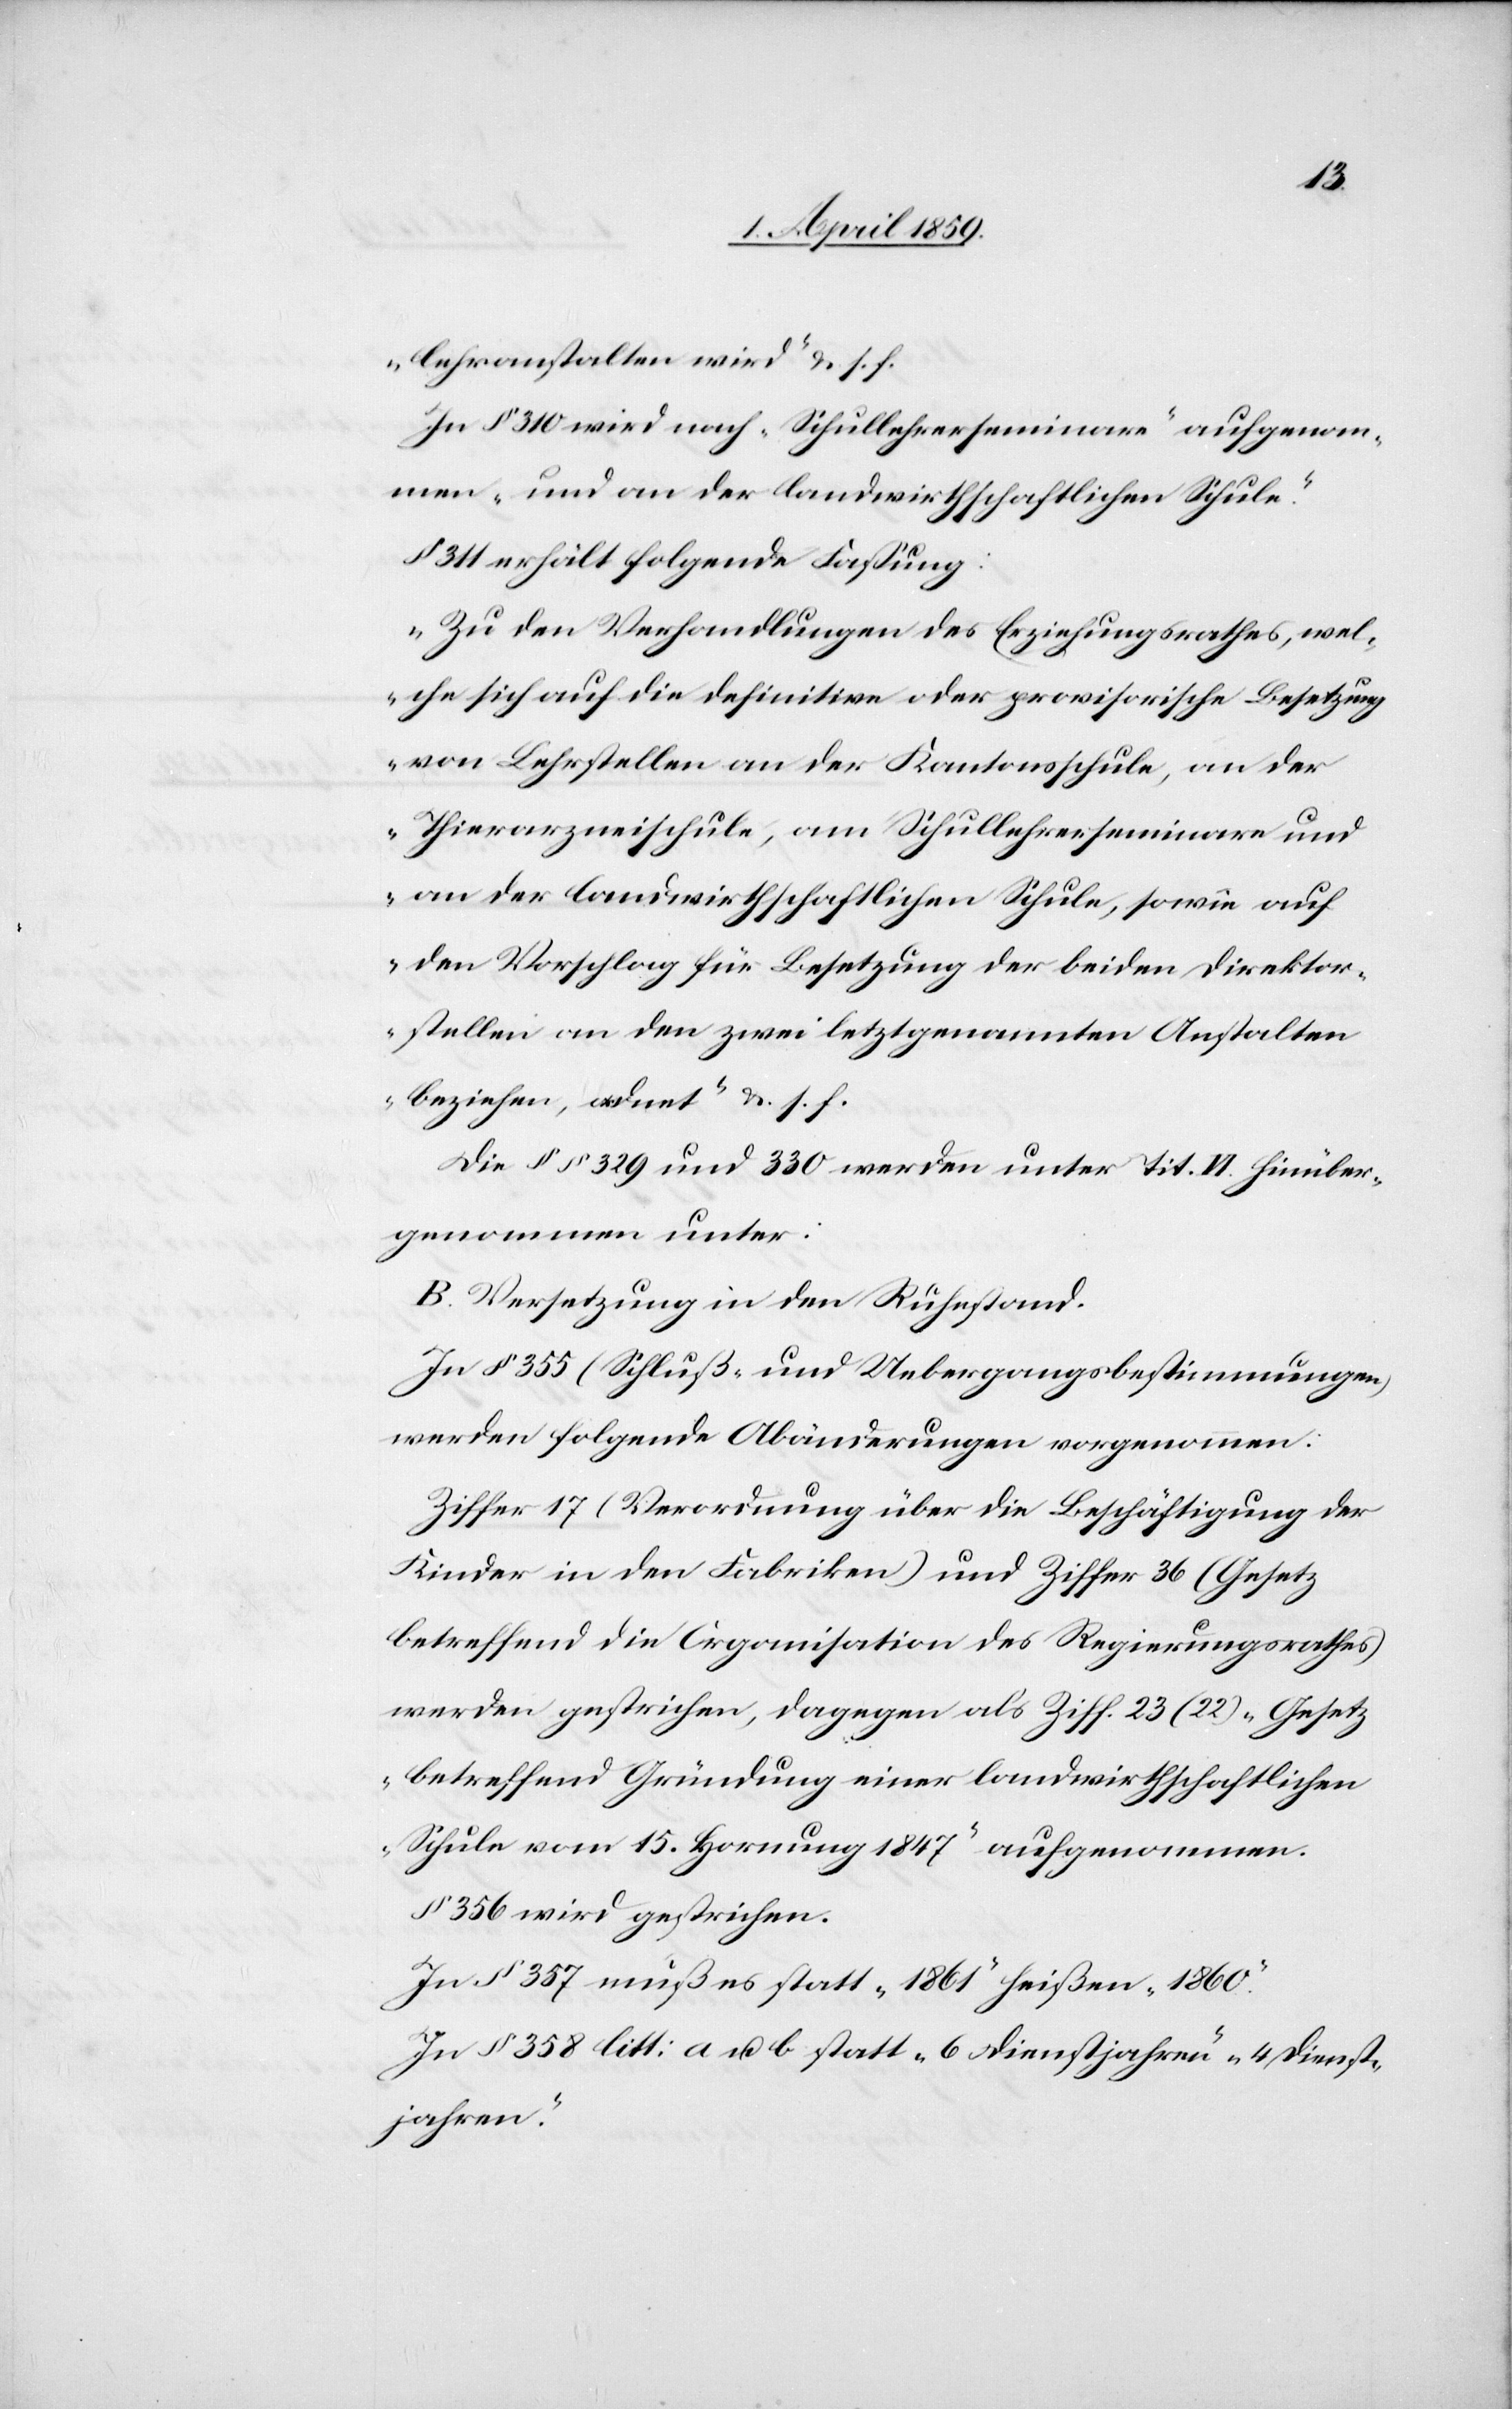
lehranstalten wird“ u. s. f.
In § 310 wird nach „Schullehrerseminar“ aufgenom¬
men „und an der landwirtschaftlichen Schule“.
§ 311 erhält folgende Faßung:
„Zu den Verhandlungen des Erziehungsrathes, wel¬
che sich auf die definitive oder provisorische Besetzung
von Lehrstellen an der Kantonsschule, an der
Thierarzneischule, am Schullehrerseminare und
an der landwirthschaftlichen Schule, sowie auf
den Vorschlag für Besetzung der beiden Direktor¬
stellen an den zwei letztgenannten Anstalten
beziehen, ordnet“ u. s. f.
Die § § 329 und 330 werden unter Tit. VI. hinüber¬
genommen unter:
B. Versetzung in den Ruhestand.
In § 355 (Schluß- und Uebergangsbestimmungen)
werden folgende Abänderungen vorgenommen:
Ziffer 17 (Verordnung über die Beschäftigung der
Kinder in den Fabriken) und Ziffer 36 (Gesetz
betreffend die Organisation des Regierungsrathes)
werden gestrichen, dagegen als Ziff. 23 (22) „Gesetz
betreffend Gründung einer landwirtschaftlichen
Schule vom 15. Hornung 1847“ aufgenommen.
§ 356 wird gestrichen.
In § 357 muß es statt „1861“ heißen „1860“.
In § 358 litt: a u. b statt „6 Dienstjahren“ „4 Dienst¬
jahren“.